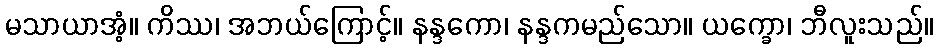
မသာယာအံ့။ ကိဿ၊ အဘယ်ကြောင့်။ နန္ဒကော၊ နန္ဒကမည်သော။ ယက္ခော၊ ဘီလူးသည်။